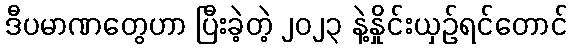
ဒီပမာဏတွေဟာ ပြီးခဲ့တဲ့ ၂၀၂၃ နဲ့နှိုင်းယှဉ်ရင်တောင်